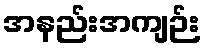
အနည်းအကျဉ်း